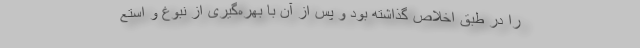
را در طبق اخلاص گذاشته بود و پس از آن با بهره‌گیری از نبوغ و استع